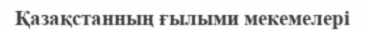
Қазақстанның ғылыми мекемелері